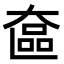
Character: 𬼵